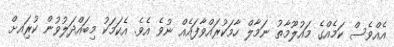
އެއްވެސް ކަމެއްގެ މައުލޫމާތު ނަމާލް ހާމަކުރައްވާފައެއް ނުވެ އެވެ. އެކަމަކު މިބައްދަލުވުން ކުރިައށް